Vital statistics of India. Vol. IV, Annual returns from 1871 to 1876. British Army of India, Native Army and jails of Bengal
Year: 1871
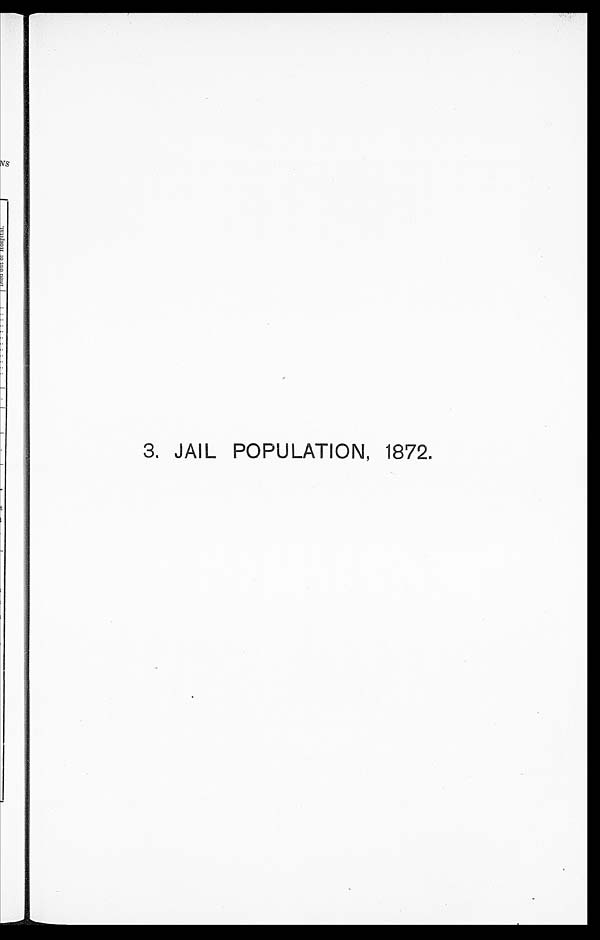
3. JAIL POPULATION, 1872.